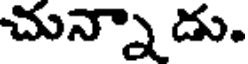
చున్నాడు.